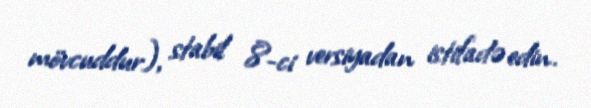
mövcuddur), stabil 8-ci versiyadan istifadə edin.